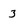
Character: 3